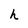
Character: h